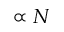
\propto N